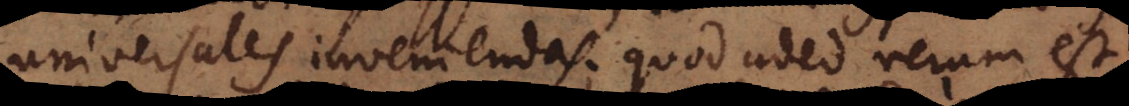
universales inveniendas; quod adeo verum est